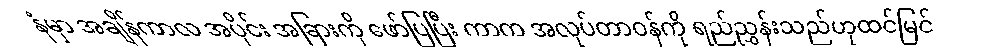
နံမှာ အချိန်ကာလ အပိုင်း အခြားကို ဖော်ပြပြီး ကာက အလုပ်တာဝန်ကို ရည်ညွှန်းသည်ဟုထင်မြင်